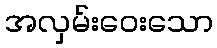
အလှမ်းဝေးသော